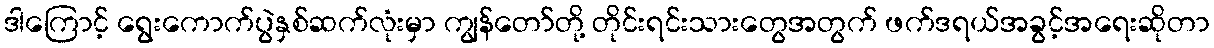
ဒါကြောင့် ရွေးကောက်ပွဲနှစ်ဆက်လုံးမှာ ကျွန်တော်တို့ တိုင်းရင်းသားတွေအတွက် ဖက်ဒရယ်အခွင့်အရေးဆိုတာ